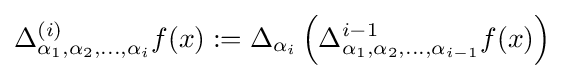
\Delta _{\alpha _{1},\alpha _{2},\dots ,\alpha _{i}}^{(i)}f(x):=\Delta _{\alpha _{i}}\left(\Delta _{\alpha _{1},\alpha _{2},\dots ,\alpha _{i-1}}^{i-1}f(x)\right)